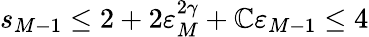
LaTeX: s_{M-1}\leq2+2\varepsilon_{M}^{2\gamma}+\mathbb{C}\varepsilon_{M-1}\leq4